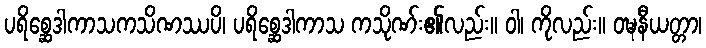
ပရိစ္ဆေဒါကာသကသိဏဿပိ၊ ပရိစ္ဆေဒါကာသ ကသိုဏ်း၏လည်း။ ဝါ၊ ကိုလည်း။ ဝဍ္ဎနီယတ္တာ၊